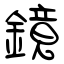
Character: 鏡